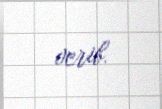
verib.